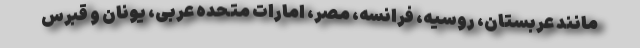
مانند عربستان، روسیه، فرانسه، مصر، امارات متحده عربی، یونان و قبرس